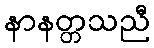
နာနတ္တသညီ